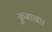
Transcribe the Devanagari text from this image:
कुबाचा।